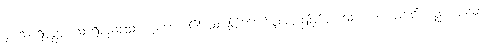
၄။ သာရိပုတ္တံ၊ သာရီမည်သော ပုဏ္ဏေးမ၏ သားဖြစ်တော်မူလည်းဖြစ်ထသော။ ဝါ၊ အဆင်းတည်းဟူသော